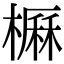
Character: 𣙽